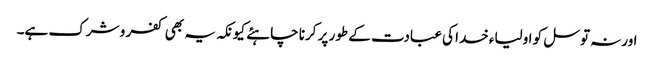
اورنہ توسل کو اولیاء خدا کی عبادت کے طور پر کرنا چاہئے کیونکہ یہ بھی کفر و شرک ہے۔